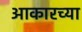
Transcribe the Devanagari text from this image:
आकारच्या